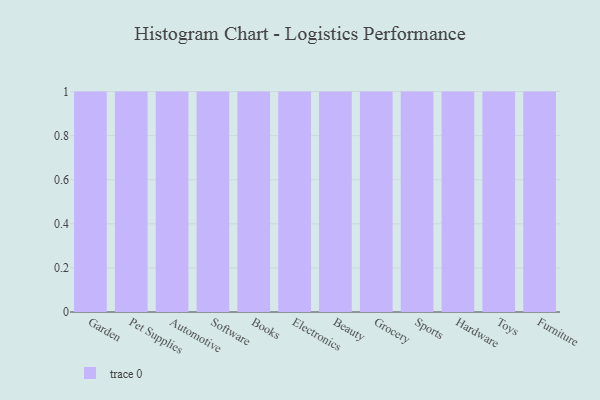
{"axis": {"x": "Category", "y": "Production Output"}, "legend": [""], "data": [{"x": "Garden", "y": 68, "type": ""}, {"x": "Pet Supplies", "y": 22, "type": ""}, {"x": "Automotive", "y": 56, "type": ""}, {"x": "Software", "y": 93, "type": ""}, {"x": "Books", "y": 48, "type": ""}, {"x": "Electronics", "y": 37, "type": ""}, {"x": "Beauty", "y": 27, "type": ""}, {"x": "Grocery", "y": 99, "type": ""}, {"x": "Sports", "y": 68, "type": ""}, {"x": "Hardware", "y": 45, "type": ""}, {"x": "Toys", "y": 77, "type": ""}, {"x": "Furniture", "y": 4, "type": ""}]}